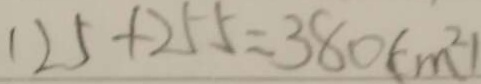
1 2 5 + 2 5 5 = 3 8 0 ( c m ^ { 2 } )